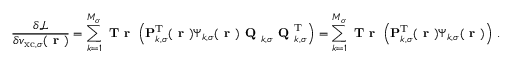
\frac { \delta \mathcal { L } } { \delta v _ { \mathrm { x c } , \sigma } ( \boldsymbol { \textbf { r } } ) } = \sum _ { k = 1 } ^ { M _ { \sigma } } \textbf { T r } \left( \mathbf { P } _ { k , \sigma } ^ { \mathrm { T } } ( \boldsymbol { \textbf { r } } ) \boldsymbol { \Psi } _ { k , \sigma } ( \boldsymbol { \textbf { r } } ) \textbf { Q } _ { k , \sigma } \textbf { Q } _ { k , \sigma } ^ { \mathrm { T } } \right) = \sum _ { k = 1 } ^ { M _ { \sigma } } \textbf { T r } \left( \mathbf { P } _ { k , \sigma } ^ { \mathrm { T } } ( \boldsymbol { \textbf { r } } ) \boldsymbol { \Psi } _ { k , \sigma } ( \boldsymbol { \textbf { r } } ) \right) \, .